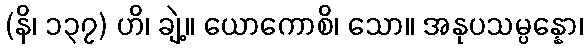
(နိ၊ ၁၃၇) ဟိ၊ ချဲ့။ ယောကောစိ၊ သော။ အနုပသမ္ပန္နော၊